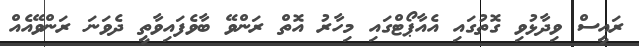
ރައީސް ވިދާޅުވި ގޮތުގައި އެއާޕޯޓްގައި މިހާރު އޮތް ރަންވޭ ބާވެފައިވާތީ ދެވަނަ ރަންވޭއެއް